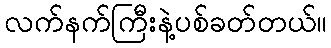
လက်နက်ကြီးနဲ့ပစ်ခတ်တယ်။